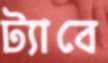
ট্যাবে